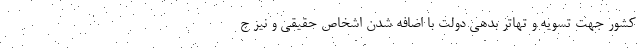
کشور جهت تسویه و تهاتر بدهی دولت با اضافه شدن اشخاص حقیقی و نیز ج